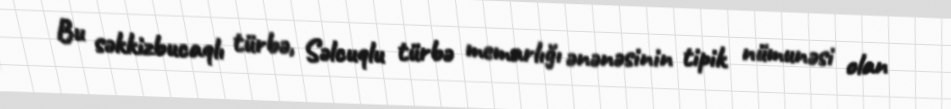
Bu səkkizbucaqlı türbə, Səlcuqlu türbə memarlığı ənənəsinin tipik nümunəsi olan